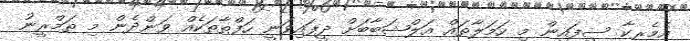
އެމެރިކާ ސިފައިން މި ހަމަލާތައް އަލްޝަބާބަށް ދީފައިވަނީ ހަފްތާތަކެއް ވަންދެން މި ތަމްރީނު